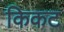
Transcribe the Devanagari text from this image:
किकट